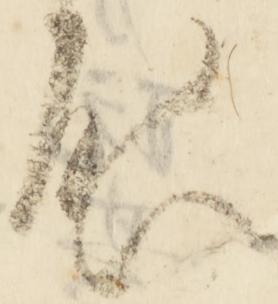
啓